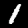
Digit: 1